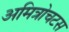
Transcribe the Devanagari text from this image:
अमित्रोचटस